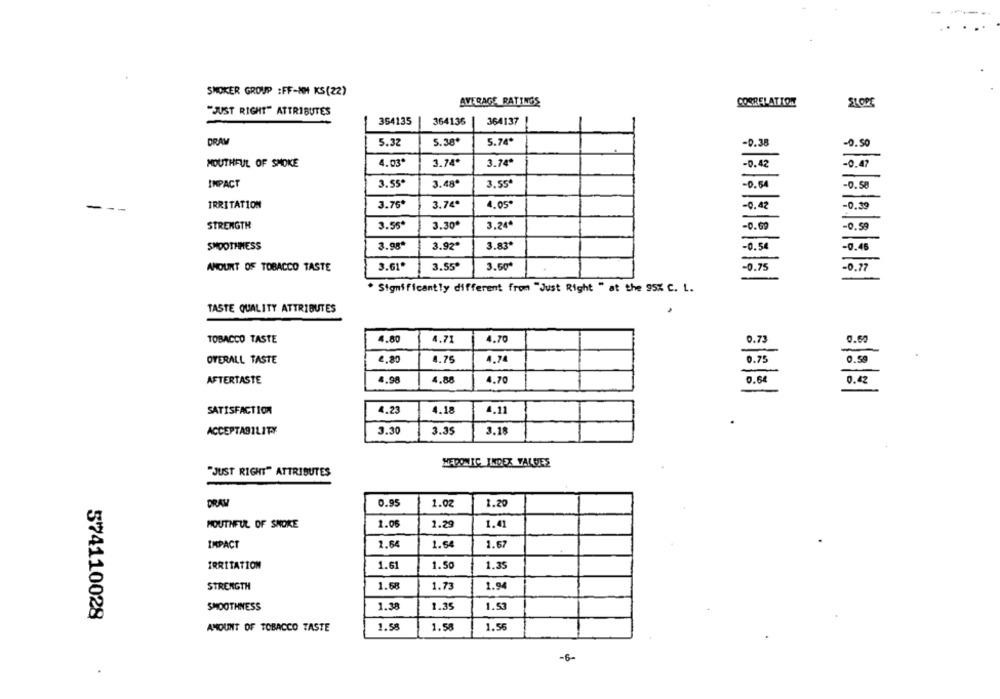
SMOKER GROUP :F-NM KS(22)
AVERAGE RATINGS
COSRELATION
SLOPE
"JUST RIGHT" ATTRIBUTES
354135
364136
364137
5.74*
DRAM
5.32
5.38
-0.38
-0.50
MOUTHFUL OF SMOKE
4.03*
3.74*
3.74ª
-0.42
-0.47
3,55€
IMPACT
3.55*
3.48ª
-0.54
-0.58
3.74ª
--
IRRITATION
3.76*
4.05*
-0.42
-0.39
3.24ª
STRENGTH
3.55*
3.30*
-0.69
-0.59
3.92*
3.83*
-0.54
SMOOTHNESS
3.98ª
-0.46
3.55*
3.50*
-0.75
AMOUNT OF TOBACCO TASTE
3.61*
-0.77
* Significantly different from "Just Right " at the 95% C. L.
TASTE QUALITY ATTRIBUTES
TOBACCO TASTE
4.80
4.71
4.70
0.73
0.52
OVERALL TASTE
4,80
4.75
4.74
0.75
0.59
0.64
AFTERTASTE
4.98
4.88
4.70
0.42
SATISFACTION
4.23
4.18
4.11
ACCEPTABILITY
3.30
3.35
3.18
MEDONJIC INDEX VALUES
"JUST RIGHT" ATTRIBUTES
DRAW
0.95
1.02
1.20
MOUTHFUL OF SNOKE
1.06
1.29
1.41
IMPACT
2.64
1.64
1.67
IRRITATION
1.61
1.50
1.35
STRENGTH
1.68
1.73
1.94
SMOOTHNESS
1.38
1.35
1.53
574110028
AMOUNT OF TOBACCO TASTE
1.58
1.58
1.55
-6-
.